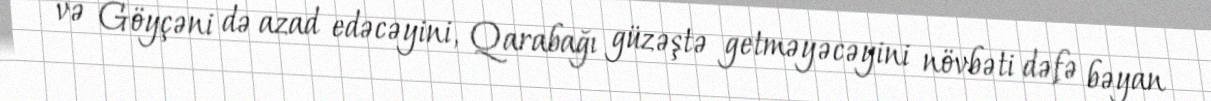
və Göyçəni də azad edəcəyini, Qarabağı güzəştə getməyəcəyini növbəti dəfə bəyan